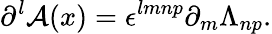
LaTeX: \partial^{l}\mathcal{A}(x)=\epsilon^{lmnp}\partial_{m}\Lambda_{np}.